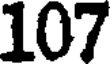
107